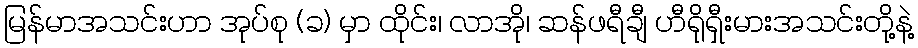
မြန်မာအသင်းဟာ အုပ်စု (ခ) မှာ ထိုင်း၊ လာအို၊ ဆန်ဖရီချီ ဟီရိုရှီးမားအသင်းတို့နဲ့